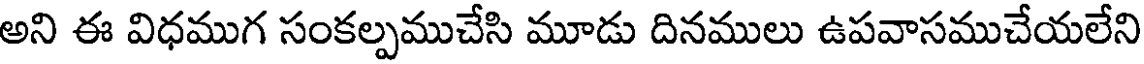
అని ఈ విధముగ సంకల్పముచేసి మూడు దినములు ఉపవాసముచేయలేని